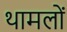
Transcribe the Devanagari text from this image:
थामलों